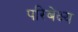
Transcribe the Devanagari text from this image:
परिबेक्ष्य